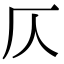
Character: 仄